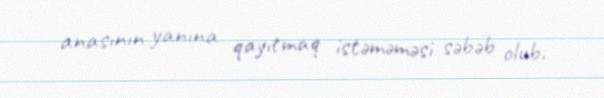
anasının yanına qayıtmaq istəməməsi səbəb olub.